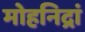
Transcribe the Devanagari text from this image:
मोहनिद्रां